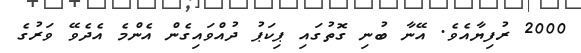
2000 ރުފިޔާއެވެ. އޭނާ ބުނި ގޮތުގައި ޕިކަޕު ދުއްވައިގެން އެންމެ އެދެވޭ ވަރުގެ